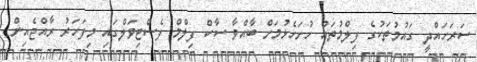
ސަރަހައްދީ ގައުމުތަކުގެ ފިލްމުތައް ހުށަހެޅުމަށް ބާއްވާ ސާކް ފިލްމް ފެސްޓިވަލްގައި މިފަހަރު ރާއްޖެއިން